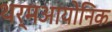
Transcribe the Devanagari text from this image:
थर्मआयोनिक